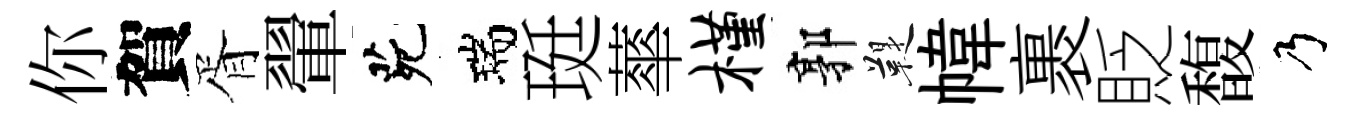
你賀胥翬茕瑞珽蕐槿郭鞮幃裹貶馥乃